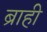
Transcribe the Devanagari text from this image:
ब्राही